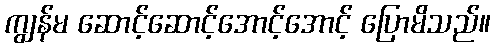
ကျွန်မ ဆောင့်ဆောင့်အောင့်အောင့် ပြောမိသည်။